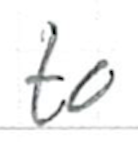
Text: to
Cross-out: clean
Writing tool: ballpoint